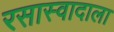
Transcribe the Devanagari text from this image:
रसास्वादाला